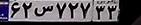
۶۲س۷۲۷۲۳